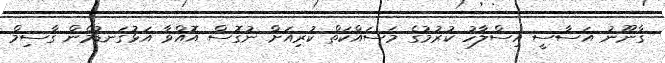
ގާނޫނު އަސާސީ އިސްލާހު ކުރުމުގެ މަސައްކަތް ކުރިއަށް ނުގޮސް އޮއްވާ އަޅުގަނޑުމެން ގާސިމް